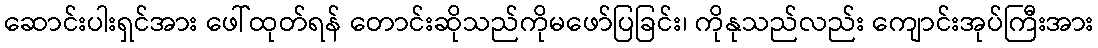
ဆောင်းပါးရှင်အား ဖေါ်ထုတ်ရန် တောင်းဆိုသည်ကိုမဖော်ပြခြင်း၊ ကိုနုသည်လည်း ကျောင်းအုပ်ကြီးအား